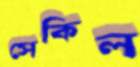
সেকিল